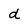
Character: d